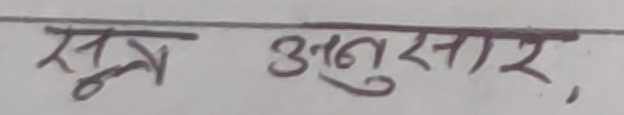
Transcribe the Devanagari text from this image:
सूत्र अनुसार,